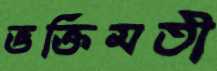
ভক্তিমতী